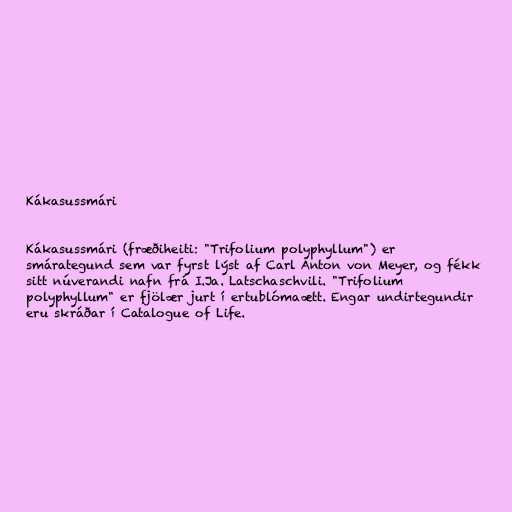
Kákasussmári

Kákasussmári (fræðiheiti: "Trifolium polyphyllum") er
smárategund sem var fyrst lýst af Carl Anton von Meyer, og fékk
sitt núverandi nafn frá I.Ja. Latschaschvili. "Trifolium
polyphyllum" er fjölær jurt í ertublómaætt. Engar undirtegundir
eru skráðar í Catalogue of Life.